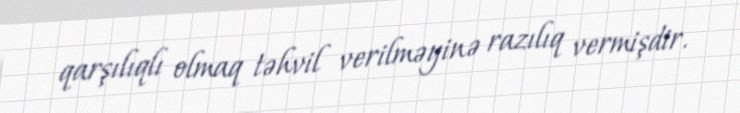
qarşılıqlı olmaq təhvil verilməyinə razılıq vermişdir.